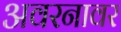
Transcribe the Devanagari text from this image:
अवरनावर